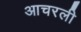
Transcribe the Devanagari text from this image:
आचरली